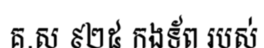
គ.ស ៩២៥ កងទ័ព របស់